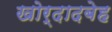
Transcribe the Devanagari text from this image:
खोर्दादबेह